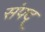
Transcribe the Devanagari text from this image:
संपद्